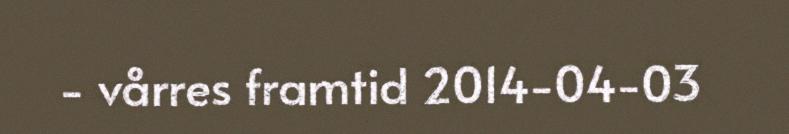
- vårres framtid 2014-04-03